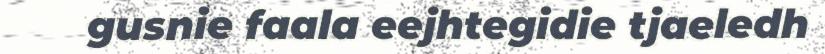
gusnie faala eejhtegidie tjaeledh